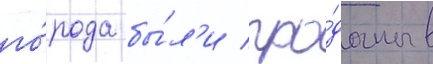
го́рода бы́л'и про́даны в